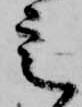
定